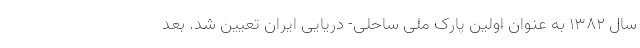
سال ۱۳۸۲ به عنوان اولین پارک ملی ساحلی- دریایی ایران تعیین شد. بعد